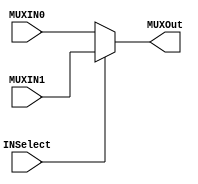
`timescale 1ns / 1ps
//////////////////////////////////////////////////////////////////////////////////
// Company: 
// Engineer: 
// 
// Design Name: 
// Module Name: MUX
// Project Name: 
// Target Devices: 
// Tool Versions: 
// Description: 
// 
// Dependencies: 
// 
// Revision:
// Revision 0.01 - File Created
// Additional Comments:
// 
//////////////////////////////////////////////////////////////////////////////////


module MUX#(parameter Size = 5)(
    input INSelect,
    input [Size-1:0] MUXIN0,
    input [Size-1:0] MUXIN1,
    output [Size-1:0] MUXOut
    );
    assign MUXOut = INSelect?MUXIN1:MUXIN0;
endmodule